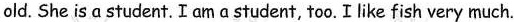
old. She is a student. I amastudent, too. I like fish very much.